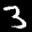
Label: 3